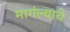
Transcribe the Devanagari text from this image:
मागंल्याचे